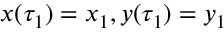
x ( \tau _ { 1 } ) = x _ { 1 } , y ( \tau _ { 1 } ) = y _ { 1 }